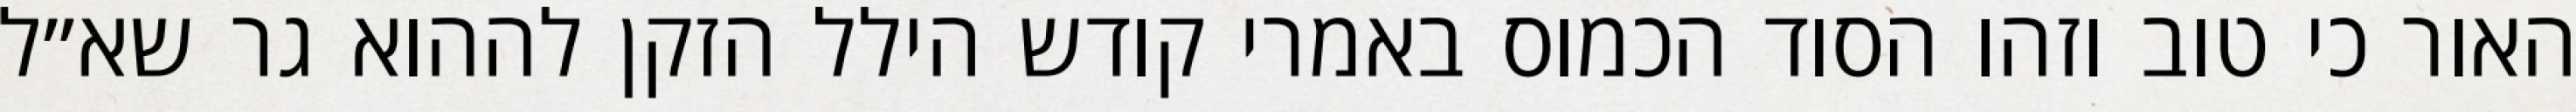
האור כי טוב וזהו הסוד הכמוס באמרי קודש הילל הזקן לההוא גר שא״ל